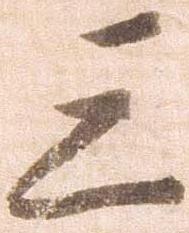
三